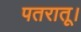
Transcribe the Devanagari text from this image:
पतरातू।